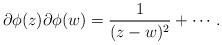
LaTeX: \begin{align*}\partial \phi (z) \partial \phi (w) = \frac{1}{(z - w)^{2}} + \cdots .\end{align*}